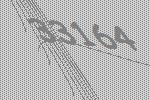
33164